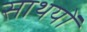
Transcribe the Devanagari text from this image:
साथयों